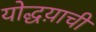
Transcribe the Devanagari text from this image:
योद्धय़ाची